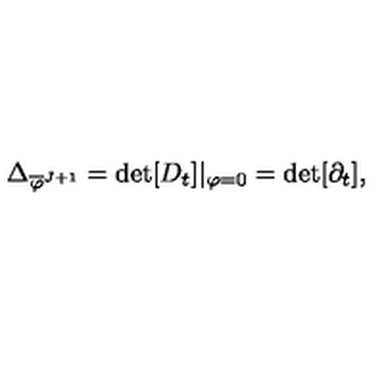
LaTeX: \Delta _ { \overline { { \varphi } } ^ { J + 1 } } = \det [ D _ { t } ] | _ { \varphi = 0 } = \det [ \partial _ { t } ] ,